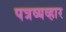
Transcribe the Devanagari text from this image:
पत्रव्यव्हार